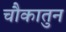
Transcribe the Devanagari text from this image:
चौकातुन